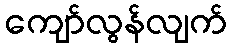
ကျော်လွန်လျက်